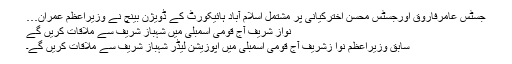
جسٹس عامرفاروق اورجسٹس محسن اخترکیانی پر مشتمل اسلام آباد ہائیکورٹ کے ڈویژن بینچ نے وزیراعظم عمران…
نواز شریف آج قومی اسمبلی میں شہباز شریف سے ملاقات کریں گے
سابق وزیراعظم نوا زشریف آج قومی اسمبلی میں اپوزیشن لیڈر شہباز شریف سے ملاقات کریں گے۔